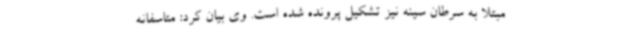
مبتلا به سرطان سینه نیز تشکیل پرونده شده است. وی بیان کرد: متاسفانه